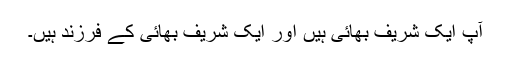
آپ ایک شریف بھائی ہیں اور ایک شریف بھائی کے فرزند ہیں۔